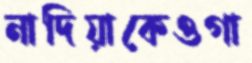
নাদিয়াকেওগা